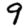
Digit: 9